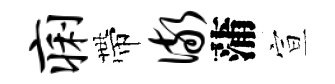
痢帶儆蒲宣